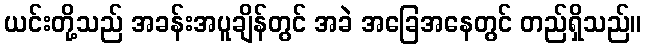
ယင်းတို့သည် အခန်းအပူချိန်တွင် အခဲ အခြေအနေတွင် တည်ရှိသည်။